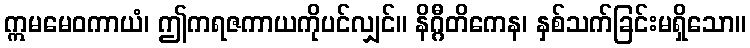
ဣမမေဝကာယံ၊ ဤကရဇကာယကိုပင်လျှင်။ နိဂ္ဂီတိကေန၊ နှစ်သက်ခြင်းမရှိသော။